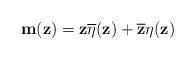
LaTeX: \begin{align*} \mathbf{m}(\mathbf{z})=\mathbf{z} \overline{\eta} (\mathbf{z})+ \mathbf{\overline{z}} \eta (\mathbf{z})\end{align*}